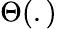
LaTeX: \Theta(.)